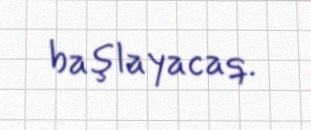
başlayacaq.